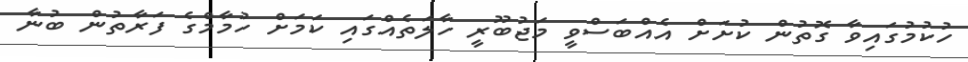
ހުކުމުގައިވާ ގޮތުން ކުށަށް އެއްބަސްވީ މަޖުބޫރީ ހާލަތެއްގައި ކަމަށް ހުމާމްގެ ފަރާތުން ބުނާ